King Institute of Preventive Medicine Micro-Biological Section reports 1912-19
Year: 1912
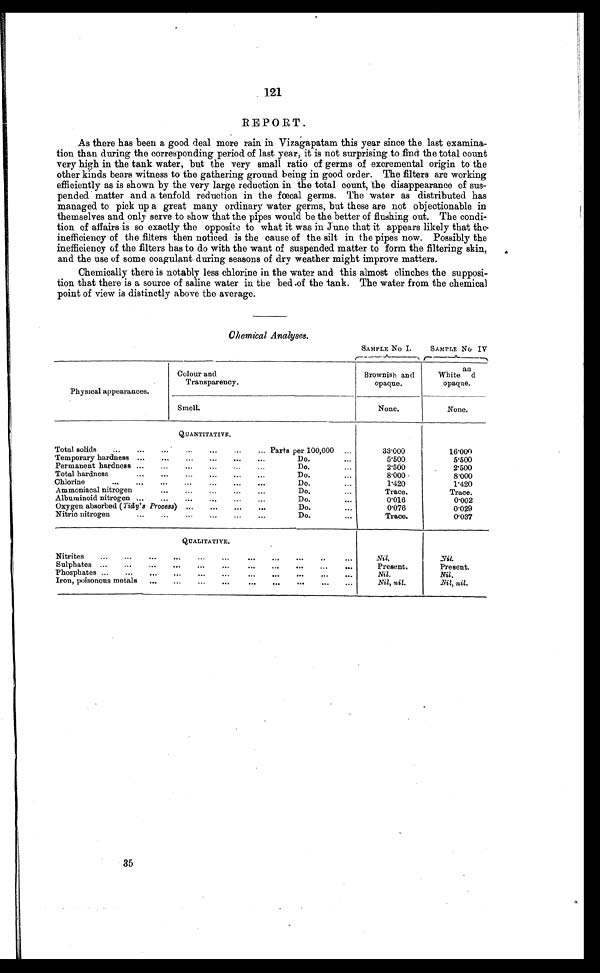
121
REPORT.
As there has been a good deal more rain in Vizagapatam this year since the last examina-
tion than during the corresponding period of last year, it is not surprising to find the total count
very high in the tank water, but the very small ratio of germs of excremental origin to the
other kinds bears witness to the gathering ground being in good order. The filters are working
efficiently as is shown by the very large reduction in the total count, the disappearance of sus-
pended matter and a tenfold reduction in the fœcal germs. The water as distributed has
managed to pick up a great many ordinary water germs, but these are not objectionable in
themselves and only serve to show that the pipes would be the better of flushing out. The condi-
tion of affairs is so exactly the opposite to what it was in June that it appears likely that the
inefficiency of the filters then noticed is the cause of the silt in the pipes now. Possibly the
inefficiency of the filters has to do with the want of suspended matter to form the filtering skin,
and the use of some coagulant during seasons of dry weather might improve matters.
Chemically there is notably less chlorine in the water and this almost clinches the supposi-
tion that there is a source of saline water in the bed of the tank. The water from the chemical
point of view is distinctly above the average.
Chemical Analyses.
SAMPLE No I.
SAMPLE No IV
Physical appearances.
Colour and
Transparency.
Brownish and
opaque.
White and
opaque.
Smell.
None.
N o n e .
Q U A N T I T A T I V E .
Total solids
...
...
...
...
...
... Parts per 100,000
. . .
33.000
16.000
Temporary hardness ...
...
...
...
...
...
Do. . . .
5.500
5.500
Permanent hardness ....
...
...
...
Do. . . .
2.500
2.500
Total hardness
...
...
...
...
...
...
Do.
. . .
8.000
8.000
Chlorine
...
...
...
...
...
...
Do. . . .
1.420
1.420
Ammoniacal nitrogen...
...
...
...
. . .
Do. . . .
Trace.
Tr ace.
Albuminoid nitrogen ...
...
...
...
...
Do. . . .
0 . 0 1 6
0.002
Oxygen absorbed (Tidy's Process) ...
...
... ...
Do. . . .
0 . 0 7 6
0.029
Nitric nitrogen...
...
...
. . .
. . .
Trace.
0.037
Q U A L I T A T I V E .
Nitrites
...
...
...
...
...
...
...
...
...
... ...
Nil.
N i l .
Sulphates ...
...
...
...
...
...
...
...
...
Present.
Present.
Phosphates...
...
...
...
...
...
...
. . .
Nil.
N i l .
Iron, poisonous metals ...
...
...
...
...
...
...
Nil, nil.
Ni l , ni l .
35